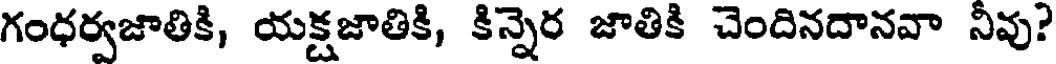
గంధర్వజాతికి, యక్షజాతికి, కిన్నెర జాతికి చెందినదానవా నీవు?